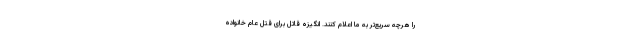
را هرچه سریع‌تر به ما اعلام کنند. انگیزه قاتل برای قتل عام خانواده